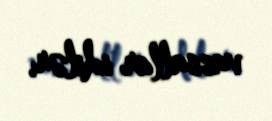
vassallar idilər.